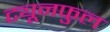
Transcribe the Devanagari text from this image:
ट्यूनफुल